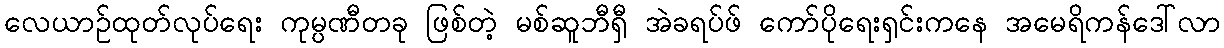
လေယာဉ်ထုတ်လုပ်ရေး ကုမ္ပဏီတခု ဖြစ်တဲ့ မစ်ဆူဘီရှီ အဲခရပ်ဖ် ကော်ပိုရေးရှင်းကနေ အမေရိကန်ဒေါ်လာ